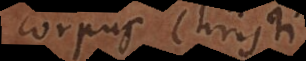
Corpus Christi